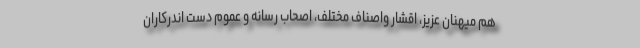
هم میهنان عزیز، اقشار واصناف مختلف، اصحاب رسانه و عموم دست اندرکارانِ